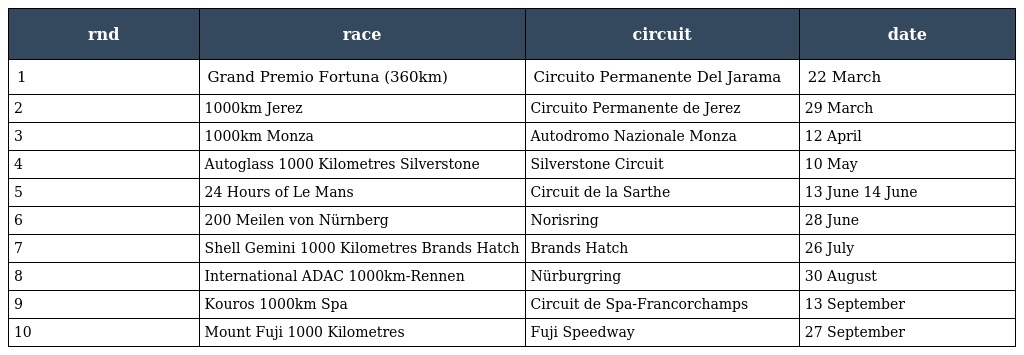
| rnd | race | circuit | date |
 | --- | --- | --- | --- |
 | 1 | Grand Premio Fortuna (360km) | Circuito Permanente Del Jarama | 22 March |
 | 2 | 1000km Jerez | Circuito Permanente de Jerez | 29 March |
 | 3 | 1000km Monza | Autodromo Nazionale Monza | 12 April |
 | 4 | Autoglass 1000 Kilometres Silverstone | Silverstone Circuit | 10 May |
 | 5 | 24 Hours of Le Mans | Circuit de la Sarthe | 13 June 14 June |
 | 6 | 200 Meilen von Nürnberg | Norisring | 28 June |
 | 7 | Shell Gemini 1000 Kilometres Brands Hatch | Brands Hatch | 26 July |
 | 8 | International ADAC 1000km-Rennen | Nürburgring | 30 August |
 | 9 | Kouros 1000km Spa | Circuit de Spa-Francorchamps | 13 September |
 | 10 | Mount Fuji 1000 Kilometres | Fuji Speedway | 27 September |